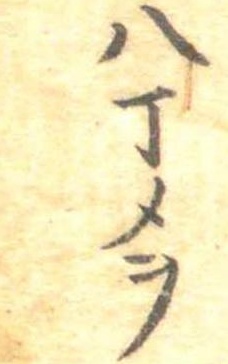
八丁メヲ